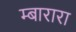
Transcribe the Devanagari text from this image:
म्बारारा